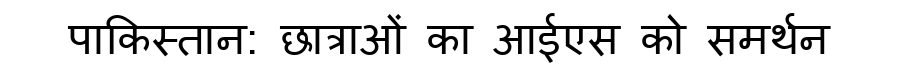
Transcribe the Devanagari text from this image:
पाकिस्तान: छात्राओं का आईएस को समर्थन